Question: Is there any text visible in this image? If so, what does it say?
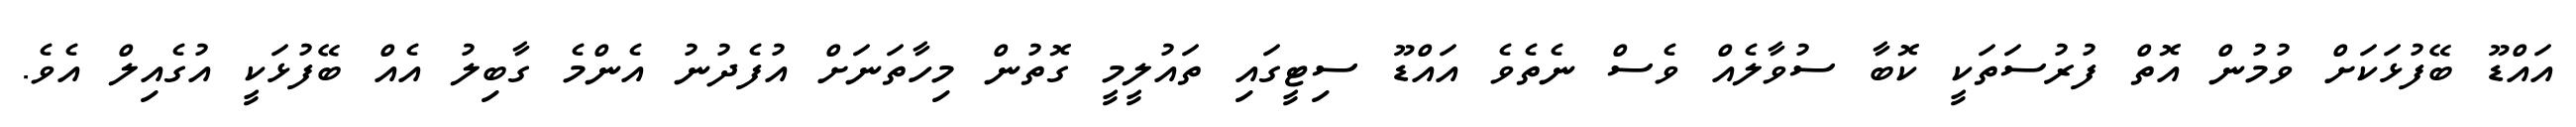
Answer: އައްޑޫ ބޭފުޅަކަށް ވުމުން އޮތް ފުރުސަތަކީ ކޮބާ ސުވާލެއް ވެސް ނެތެވެ އައްޑޫ ސިޓީގައި ތައުލީމީ ގޮތުން މިހާތަނަށް އުފެދުނު އެންމެ ގާބިލު އެއް ބޭފުޅަކީ އުގެއިލް އެވެ.